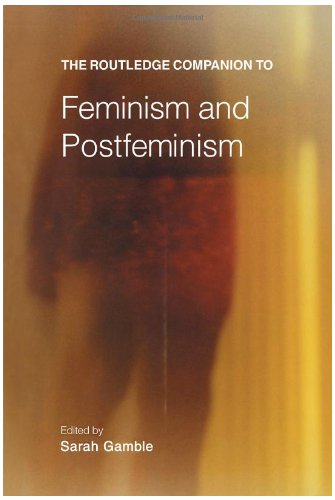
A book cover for The Routledge Companion to Feminism and Postfeminism (Routledge Companions); Gay & Lesbian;